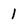
Character: 1